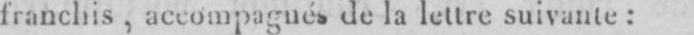
franchis, accompagnés de la lettre suivante: